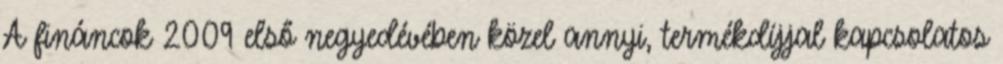
A fináncok 2009 első negyedévében közel annyi, termékdíjjal kapcsolatos